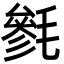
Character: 毿